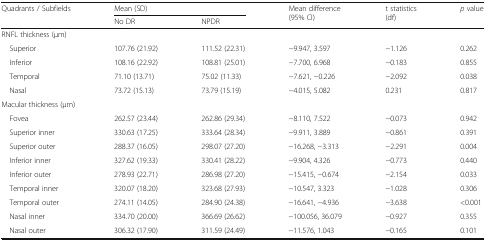
| <ROWSPAN=2> Quadrants / Subfields | <COLSPAN=2> Mean (SD) | <ROWSPAN=2> Mean difference(95% CI) | <ROWSPAN=2> t statistics(df) | <ROWSPAN=2> p value |
 | No DR | NPDR |
 | --- | --- | --- | --- | --- | --- |
 | <COLSPAN=6> RNFL thickness (μm) |
 | Superior | 107.76 (21.92) | 111.52 (22.31) | −9.947, 3.597 | −1.126 | 0.262 |
 | Inferior | 108.16 (22.92) | 108.81 (25.01) | −7.700, 6.968 | −0.183 | 0.855 |
 | Temporal | 71.10 (13.71) | 75.02 (11.33) | −7.621, −0.226 | −2.092 | 0.038 |
 | Nasal | 73.72 (15.13) | 73.79 (15.19) | −4.015, 5.082 | 0.231 | 0.817 |
 | <COLSPAN=6> Macular thickness (μm) |
 | Fovea | 262.57 (23.44) | 262.86 (29.34) | −8.110, 7.522 | −0.073 | 0.942 |
 | Superior inner | 330.63 (17.25) | 333.64 (28.34) | −9.911, 3.889 | −0.861 | 0.391 |
 | Superior outer | 288.37 (16.05) | 298.07 (27.20) | −16.268, −3.313 | −2.291 | 0.004 |
 | Inferior inner | 327.62 (19.33) | 330.41 (28.22) | −9.904, 4.326 | −0.773 | 0.440 |
 | Inferior outer | 278.93 (22.71) | 286.98 (27.20) | −15.415, −0.674 | −2.154 | 0.033 |
 | Temporal inner | 320.07 (18.20) | 323.68 (27.93) | −10.547, 3.323 | −1.028 | 0.306 |
 | Temporal outer | 274.11 (14.05) | 284.90 (24.38) | −16.641, −4.936 | −3.638 | <0.001 |
 | Nasal inner | 334.70 (20.00) | 366.69 (26.62) | −100.056, 36.079 | −0.927 | 0.355 |
 | Nasal outer | 306.32 (17.90) | 311.59 (24.49) | −11.576, 1.043 | −0.165 | 0.101 |